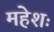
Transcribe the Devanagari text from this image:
महेशः